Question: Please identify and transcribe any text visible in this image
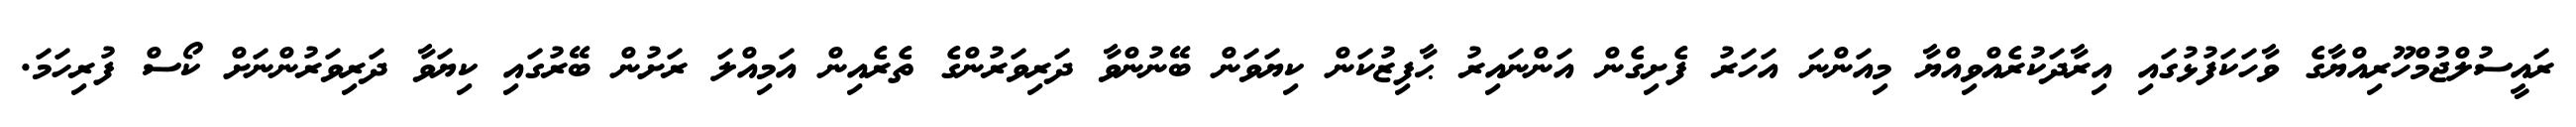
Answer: ރައީސުލްޖުމްހޫރިއްޔާގެ ވާހަކަފުޅުގައި އިރާދަކުރެއްވިއްޔާ މިއަންނަ އަހަރު ފެށިގެން އަންނައިރު ޙާފިޒުކަން ކިޔަވަން ބޭނުންވާ ދަރިވަރުންގެ ތެރެއިން އަމިއްލަ ރަށުން ބޭރުގައި ކިޔަވާ ދަރިވަރުންނަށް ކޯސް ފުރިހަމަ.